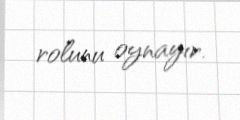
rolunu oynayır.